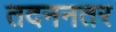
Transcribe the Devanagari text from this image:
तदननतर